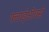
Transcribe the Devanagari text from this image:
फ्लाईओवर्स